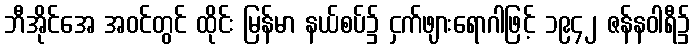
ဘီအိုင်အေ အဝင်တွင် ထိုင်း မြန်မာ နယ်စပ်၌ ငှက်ဖျားရောဂါဖြင့် ၁၉၄၂ ဇန်နဝါရီ၌